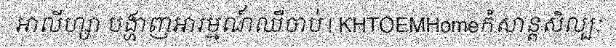
អាលីហ្សា បង្ហាញអារម្មណ៍ឈឺចាប់ | KHTOEMHomeកំសាន្តសិល្បៈ